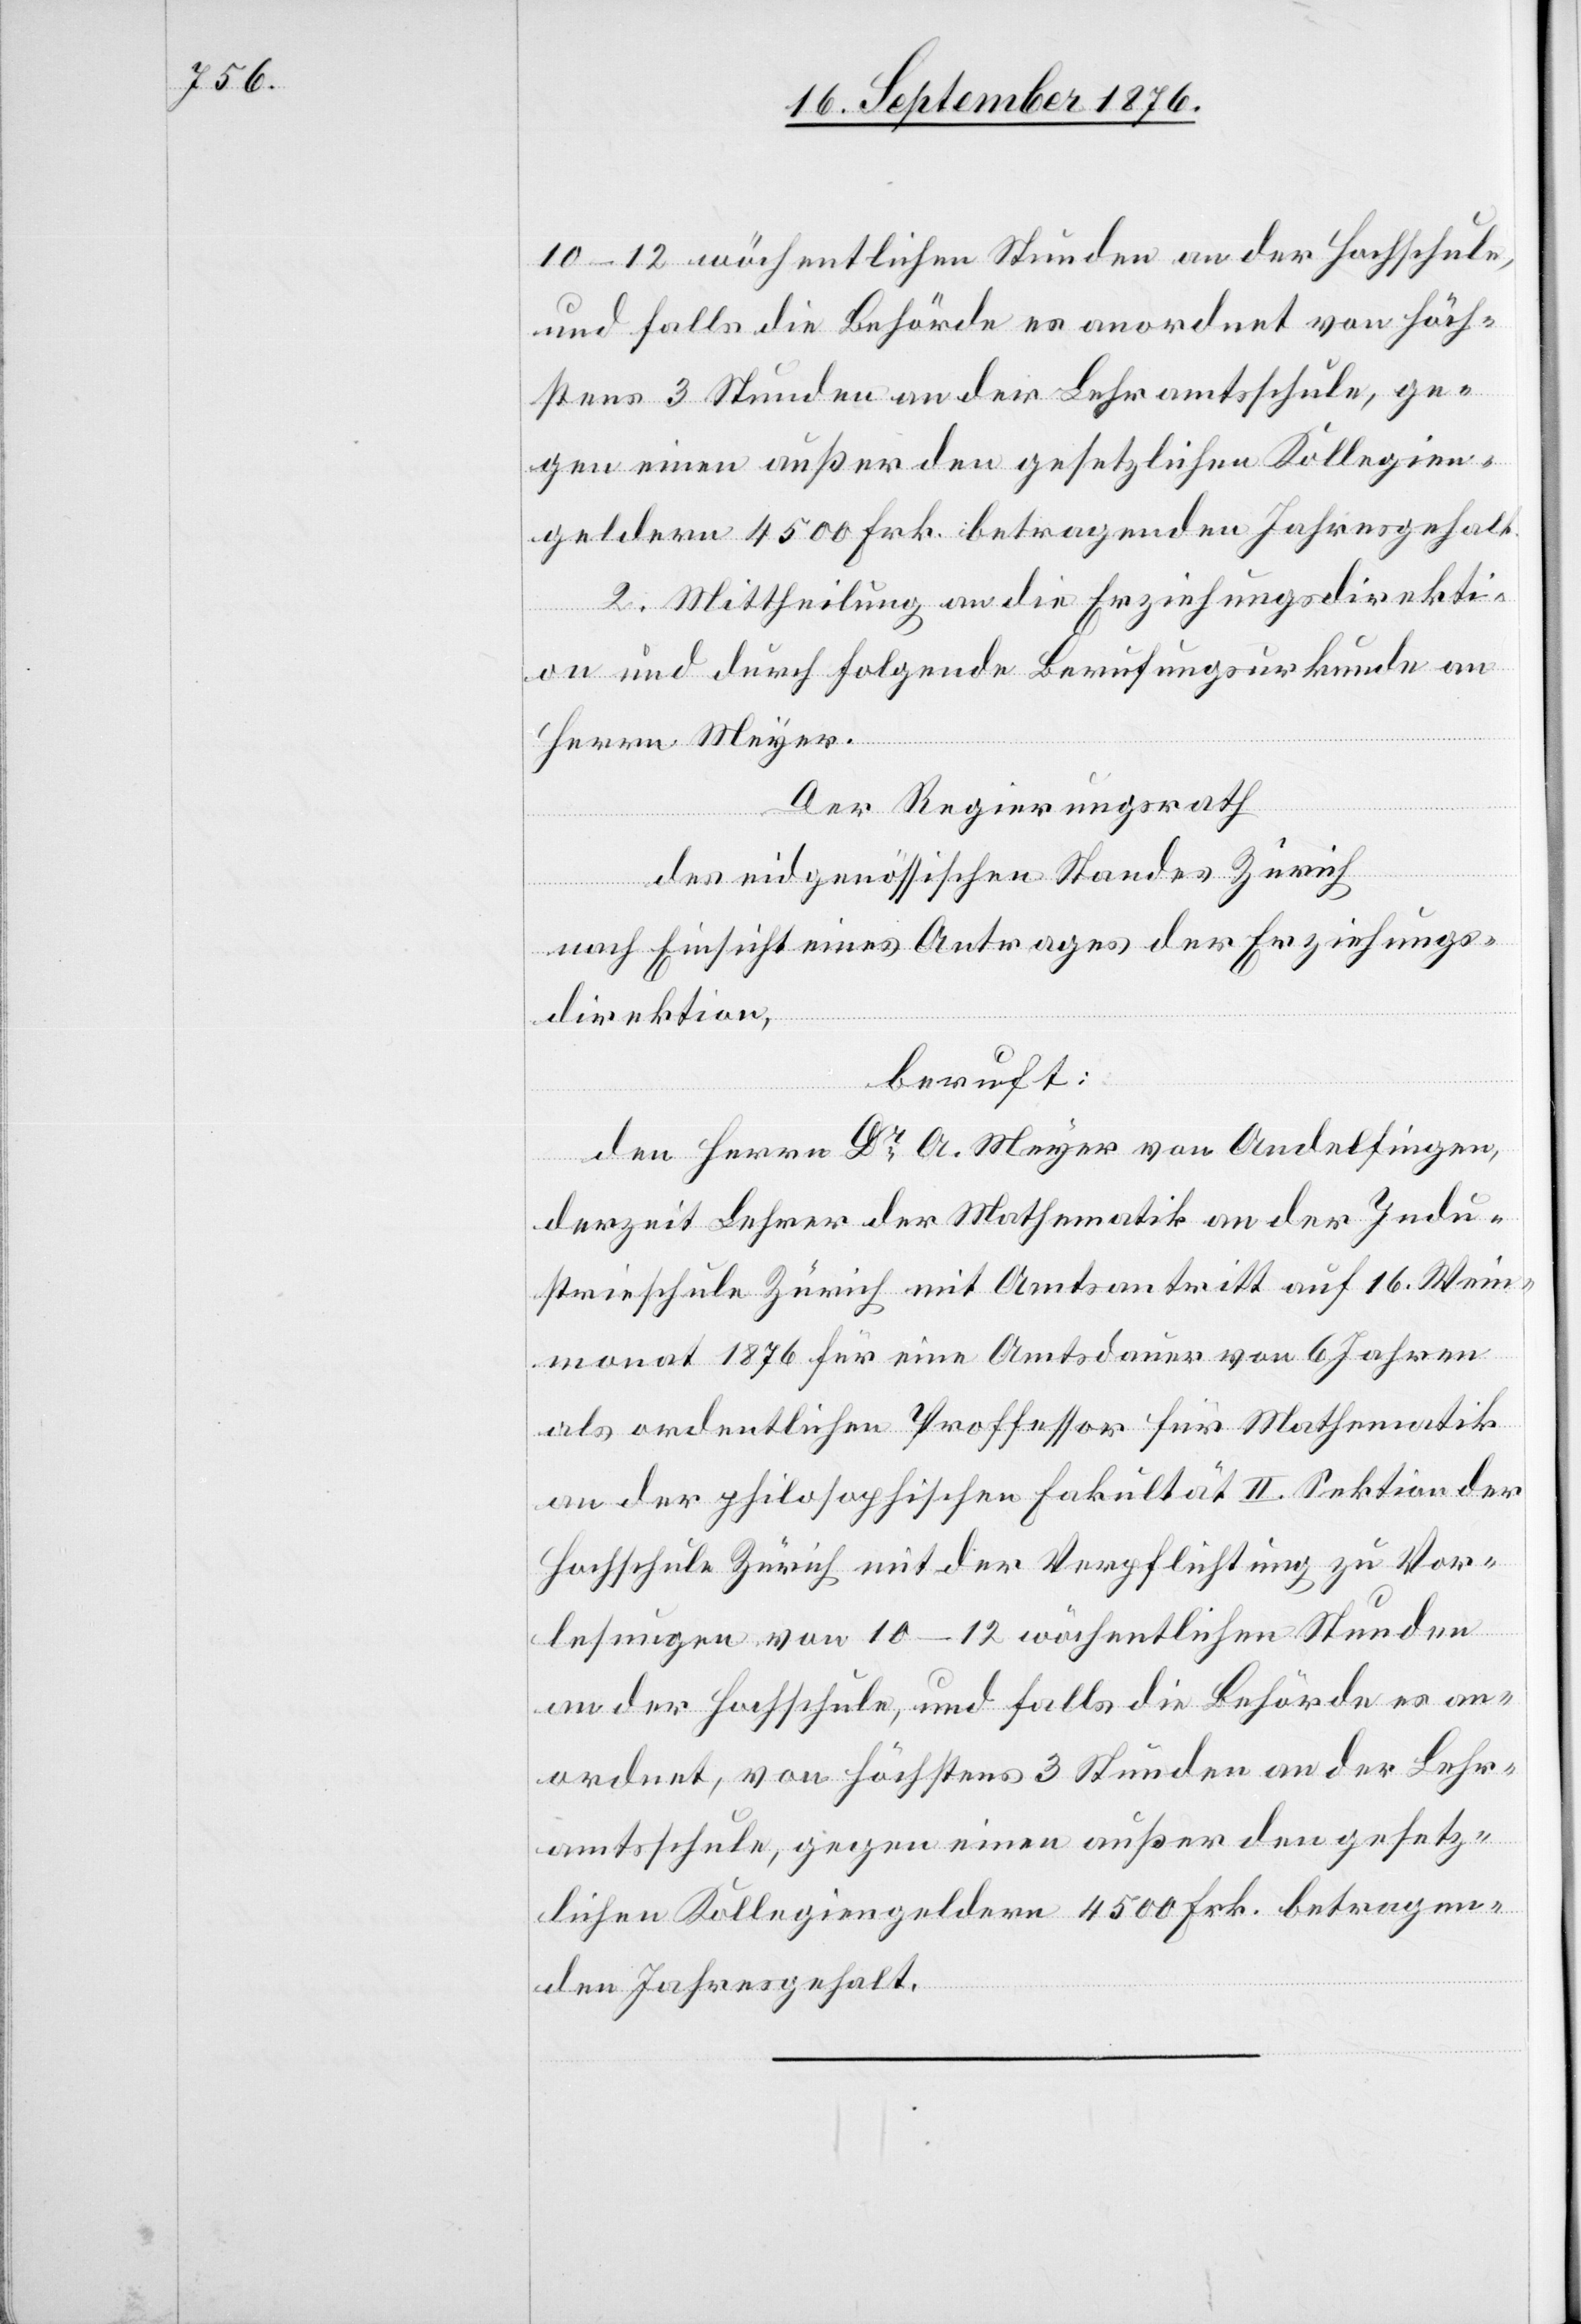
10–12 wöchentlichen Stunden an der Hochschule,
und falls die Behörde es anordnet von höch¬
stens 3 Stunden an der Lehramtsschule, ge¬
gen einen außer den gesetzlichen Kollegien¬
geldern 4500 Frk. betragenden Jahresgehalt.
Der Regierungsrath
des eidgenössischen Standes Zürich
nach Einsicht eines Antrages der Erziehungs¬
direktion,
beruft:
den Herrn Dr A. Meyer von Andelfingen,
derzeit Lehrer der Mathematik an der Indu¬
strieschule Zürich mit Amtsantritt auf 16. Wein¬
monat 1876 für eine Amtsdauer von 6 Jahren
als ordentlichen Professor für Mathematik
an der philosophischen Fakultät II. Sektion der
Hochschule Zürich mit der Verpflichtung zu Vor¬
lesungen von 10–12 wöchentlichen Stunden
an der Hochschule, und falls die Behörde es an¬
ordnet, von höchstens 3 Stunden an der Lehr¬
amtsschule, gegen einen außer den gesetz¬
lichen Kollegiengeldern 4500 Frk. betragen¬
den Jahresgehalt.